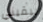
يبقيني